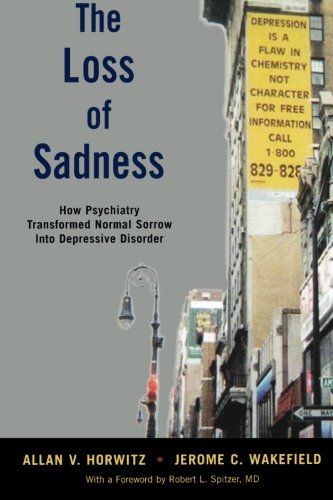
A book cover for The Loss of Sadness: How Psychiatry Transformed Normal Sorrow into Depressive Disorder; Allan V. Horwitz; Medical Books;